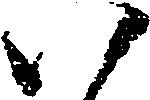
い